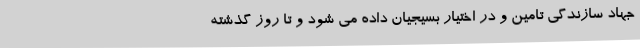
جهاد سازندگی تامین و در اختیار بسیجیان داده می شود و تا روز گذشته